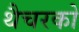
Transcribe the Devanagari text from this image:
थैचरको